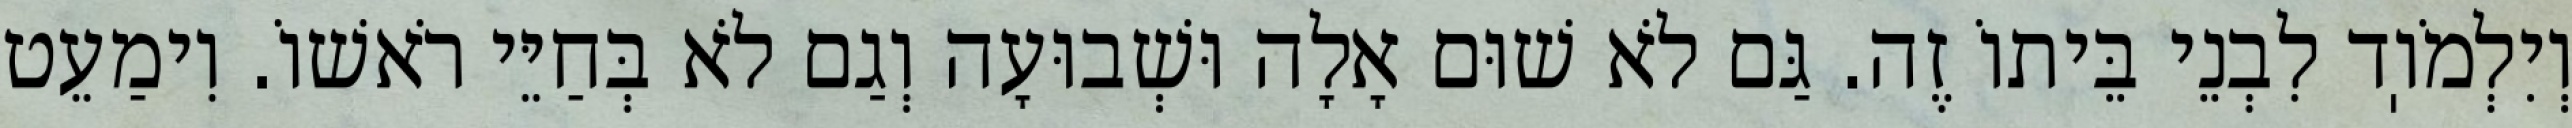
וְיִלְמֹוֽד לִבְנֵי בֵּיתוֹ זֶה. גַּם לֹא שׁוּם אָלָה וּשְׁבוּעָה וְגַם לֹא בְּחַיֵּי רֹאשׁוֹ. וִימַעֵט